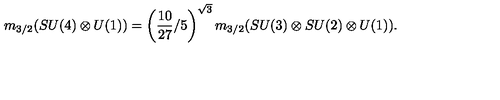
m _ { 3 / 2 } ( S U ( 4 ) \otimes U ( 1 ) ) = \left( \frac { 1 0 } { 2 7 } / 5 \right) ^ { \sqrt 3 } m _ { 3 / 2 } ( S U ( 3 ) \otimes S U ( 2 ) \otimes U ( 1 ) ) .